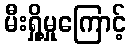
မီးရှို့မှုကြောင့်